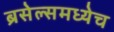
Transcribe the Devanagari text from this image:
ब्रसेल्समध्येच